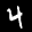
Label: 4